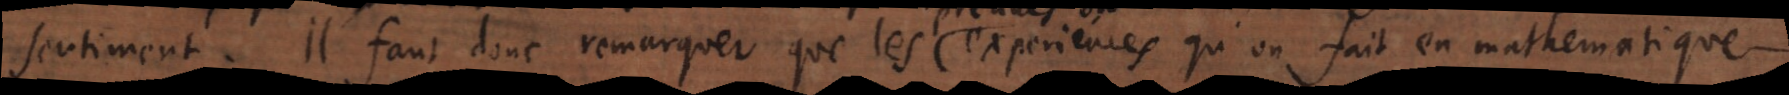
sentiment. Il faut donc remarquer que les experiences qu’on fait en mathematiqu